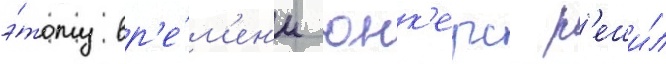
э́тому вр'е́м'ен'и юнк'ерс р'еши́л